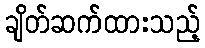
ချိတ်ဆက်ထားသည့်